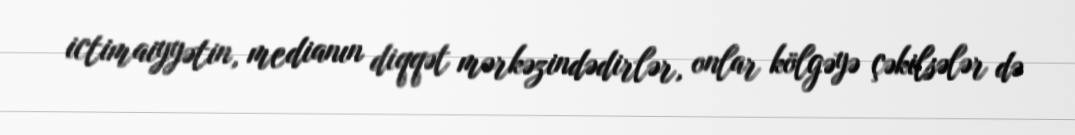
ictimaiyyətin, medianın diqqət mərkəzindədirlər, onlar kölgəyə çəkilsələr də